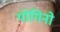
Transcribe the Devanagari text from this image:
योगिनो